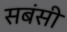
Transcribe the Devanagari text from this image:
सबंसी